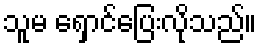
သူမ ရှောင်ပြေးလိုသည်။